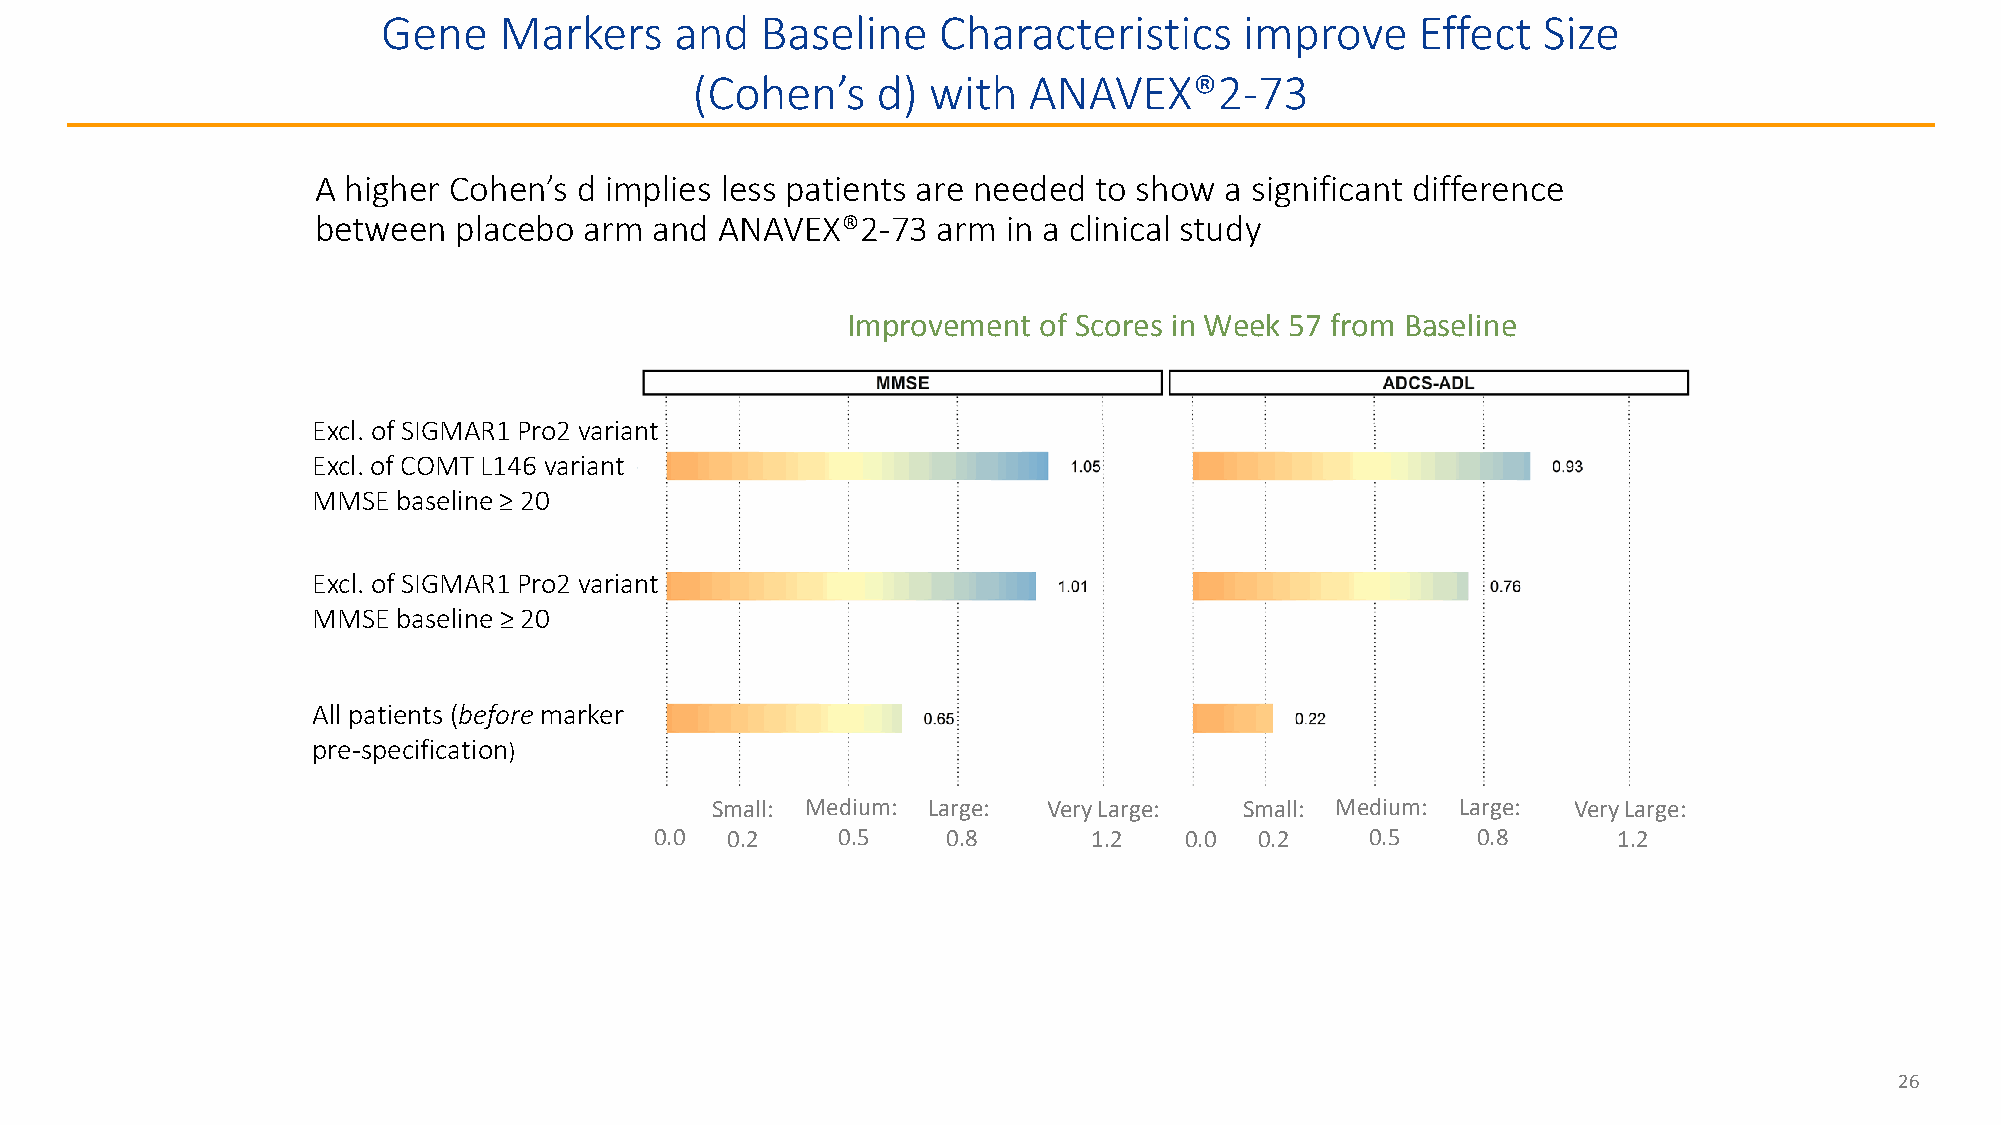
Gene    Markers     and  Baseline    Characteristics     improve     Effect  Size
 (Cohen’s    d) with   ANAVEX®2-73
 A higher Cohen’s d implies less patients are needed to show a significant difference
 between  placebo  arm and  ANAVEX®2-73   arm  in a clinical study
 Improvement  of Scores in Week 57 from Baseline
 Excl. of SIGMAR1 Pro2 variant
 Excl. of COMT L146 variant
 MMSE baseline≥ 20
 Excl. of SIGMAR1 Pro2 variant
 MMSE baseline≥ 20
 All patients (before marker
 pre-specification)
 Small: Medium: Large: Very Large:  Small: Medium: Large: Very Large:
 0.0  0.2    0.5     0.8      1.2   0.0  0.2     0.5    0.8      1.2
 26